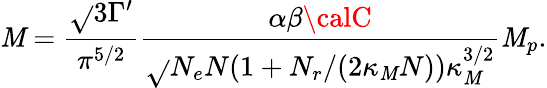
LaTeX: \mathit{M}=\frac{{\sqrt{}{{3}}\Gamma^{\prime}}}{{\pi^{5/2}}}\frac{{\alpha\beta{\calC}}}{{\sqrt{}{{N_{e}N(1+N_{r}/(2\kappa_{\mathit{M}}N))}}\kappa_{\mathit{M}}^{3/2}}}\mathit{M}_{p}.